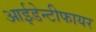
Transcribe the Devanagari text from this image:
आईडेन्टीफायर